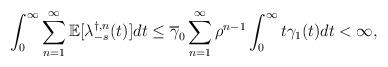
LaTeX: \begin{align*}\int_{0}^{\infty}\sum_{n=1}^{\infty}\mathbb{E}[\lambda_{-s}^{\dagger,n}(t)]dt\leq\overline{\gamma}_{0}\sum_{n=1}^{\infty}\rho^{n-1}\int_{0}^{\infty}t\gamma_{1}(t)dt<\infty,\end{align*}